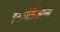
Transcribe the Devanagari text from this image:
इन्फ़र्क्तिओन्स